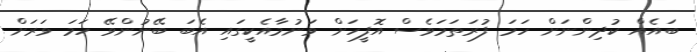
ބައެއް ކުދިންނަށް ހަމަ ފުރަތަމަވެސް އޮފީހަށް ވަނުމާއެކީގައި އެބަ ބޭނުންވޭ ހަމަ ވަރަށް